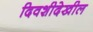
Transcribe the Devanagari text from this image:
दिवशीदेखील